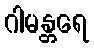
ဂါမန္တရေ